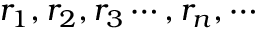
r _ { 1 } , r _ { 2 } , r _ { 3 } \cdots , r _ { n } , \cdots